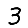
Digit: 3